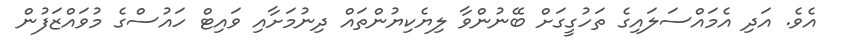
އެވެ. އަދި އެމައްސަލައިގެ ތަހުގީގަށް ބޭނުންވާ ލިޔެކިޔުންތައް ދިނުމަށާއި ވައިޓް ހައުސްގެ މުވައްޒަފުން